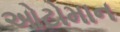
ઓટોમાન